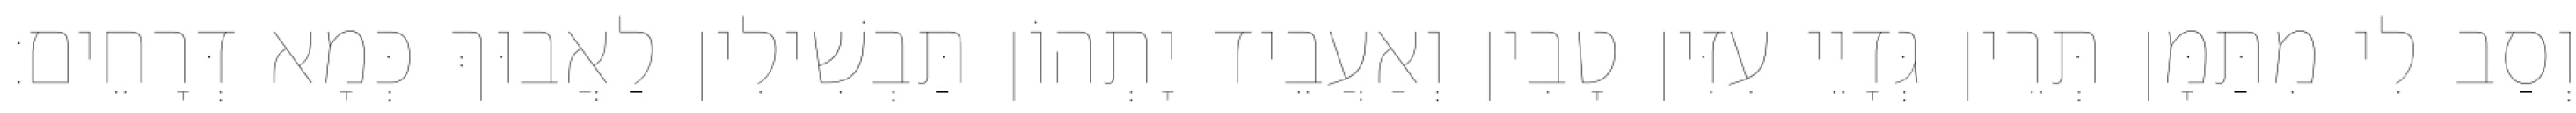
וְסַב לִי מִתַּמָּן תְּרֵין גְּדָיֵי עִזִּין טָבִין וְאַעֲבֵיד יָתְהוֹן תַּבְשִׁילִין לַאֲבוּךְ כְּמָא דְּרָחֵים׃